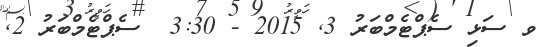
ވ ސަޅި ސެޕްޓެމްބަރު 3